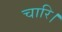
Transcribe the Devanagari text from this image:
चारि।